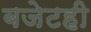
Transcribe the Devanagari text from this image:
बजेटही